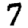
Digit: 7